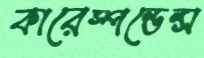
কারেস্পন্ডেন্স